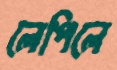
লেপিলে